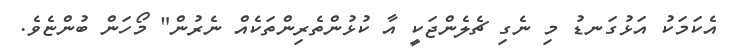
އެކަމަކު އަޅުގަނޑު މި ނެގި ޗެލެންޖަކީ އާ ކުޅުންތެރިންތަކެއް ނެރުން" މޯހަން ބުންޏެވެ.